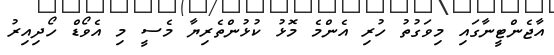
އާޖެންޓީނާގައި މިވަގުތު ހުރި އެންމެ މޮޅު ކުޅުންތެރިޔާ މެސީ މި އެވޯޑް ހޯދިއިރު